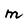
Character: M